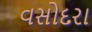
વસોદરા